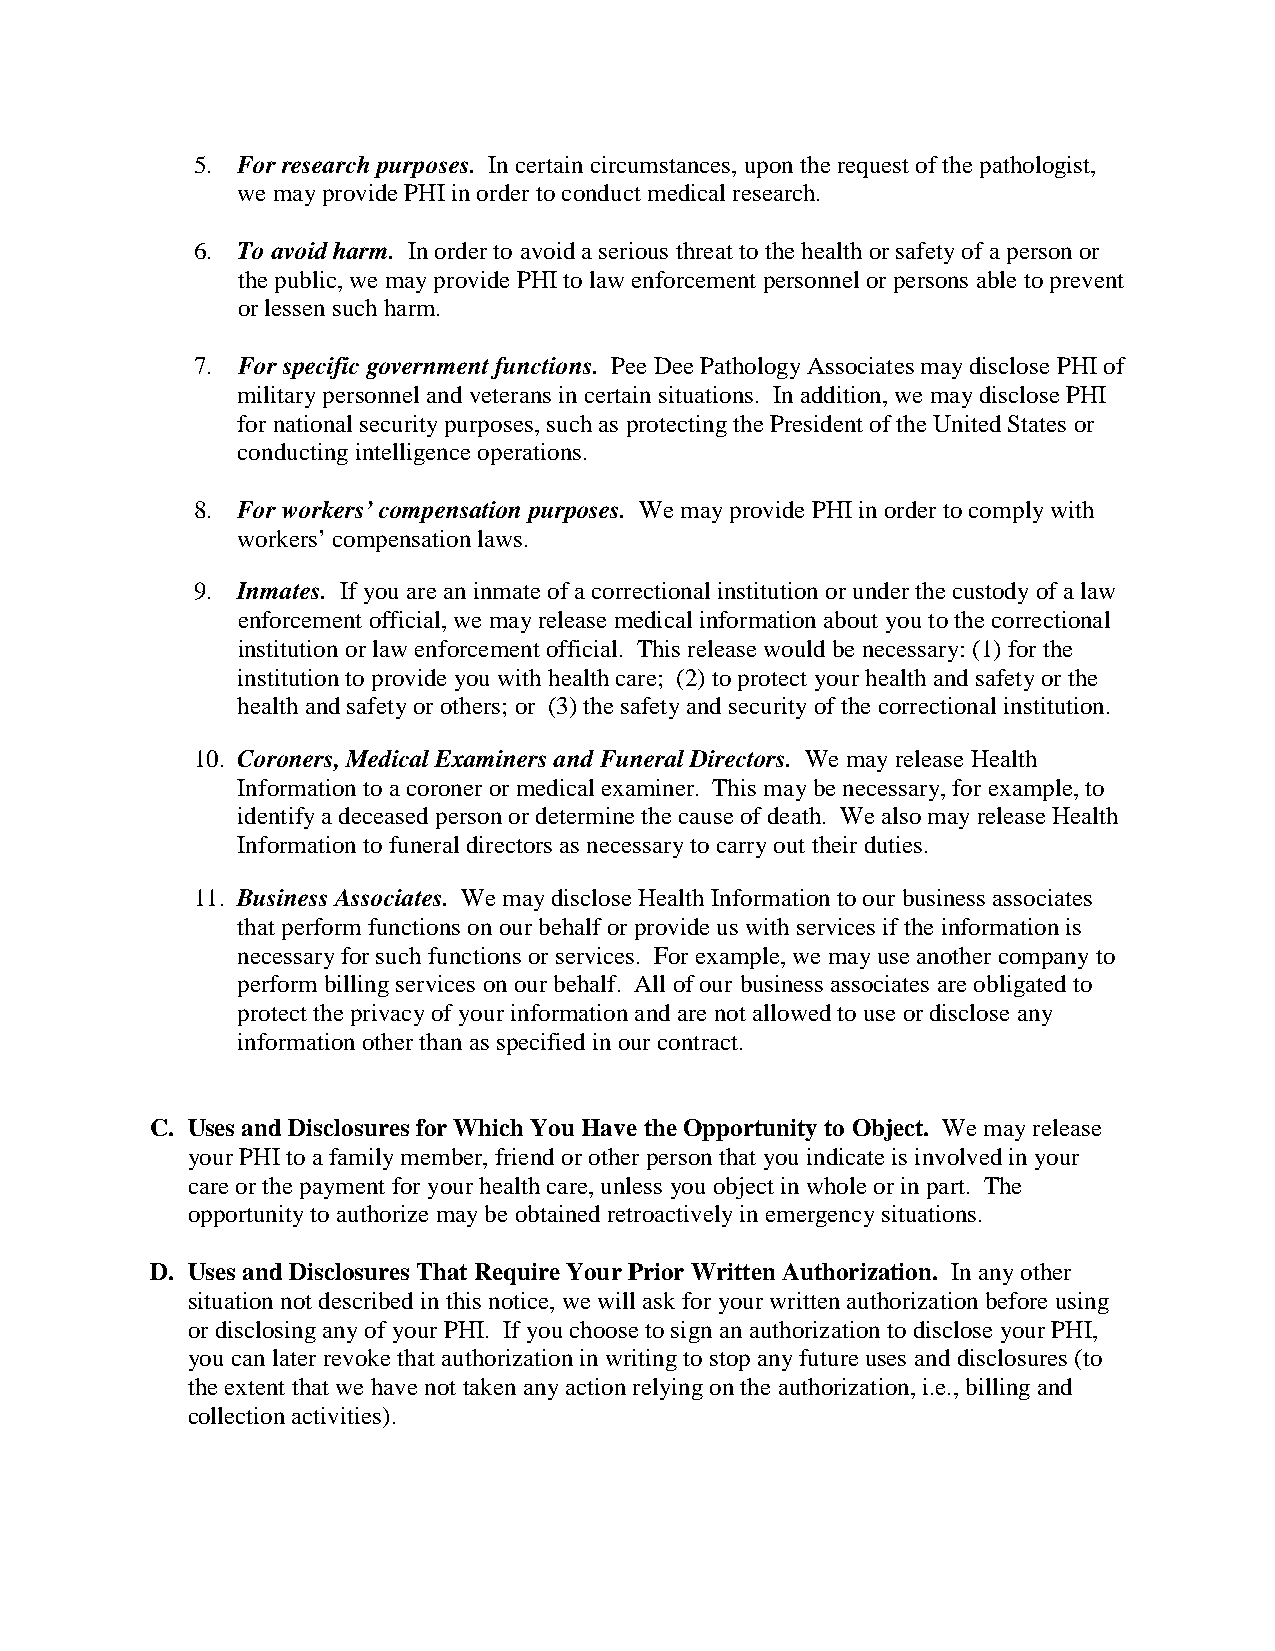
5. For research purposes. In certain circumstances, upon the request of the pathologist,
 we may provide PHI in order to conduct medical research.
 6. To avoid harm. In order to avoid a serious threat to the health or safety of a person or
 the public, we may provide PHI to law enforcement personnel or persons able to prevent
 or lessen such harm.
 7. For specific government functions. Pee Dee Pathology Associates may disclose PHI of
 military personnel and veterans in certain situations. In addition, we may disclose PHI
 for national security purposes, such as protecting the President of the United States or
 conducting intelligence operations.
 8. For workers’ compensation purposes. We may provide PHI in order to comply with
 workers’ compensation laws.
 9. Inmates. If you are an inmate of a correctional institution or under the custody of a law
 enforcement official, we may release medical information about you to the correctional
 institution or law enforcement official. This release would be necessary: (1) for the
 institution to provide you with health care; (2) to protect your health and safety or the
 health and safety or others; or (3) the safety and security of the correctional institution.
 10. Coroners, Medical Examiners and Funeral Directors. We may release Health
 Information to a coroner or medical examiner. This may be necessary, for example, to
 identify a deceased person or determine the cause of death. We also may release Health
 Information to funeral directors as necessary to carry out their duties.
 11. Business Associates. We may disclose Health Information to our business associates
 that perform functions on our behalf or provide us with services if the information is
 necessary for such functions or services. For example, we may use another company to
 perform billing services on our behalf. All of our business associates are obligated to
 protect the privacy of your information and are not allowed to use or disclose any
 information other than as specified in our contract.
 C. Uses and Disclosures for Which You Have the Opportunity to Object. We may release
 your PHI to a family member, friend or other person that you indicate is involved in your
 care or the payment for your health care, unless you object in whole or in part. The
 opportunity to authorize may be obtained retroactively in emergency situations.
 D. Uses and Disclosures That Require Your Prior Written Authorization. In any other
 situation not described in this notice, we will ask for your written authorization before using
 or disclosing any of your PHI. If you choose to sign an authorization to disclose your PHI,
 you can later revoke that authorization in writing to stop any future uses and disclosures (to
 the extent that we have not taken any action relying on the authorization, i.e., billing and
 collection activities).